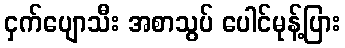
ငှက်ပျောသီး အစာသွပ် ပေါင်မုန့်ပြား